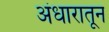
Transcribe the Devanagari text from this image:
अंधारातून